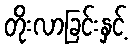
တိုးလာခြင်းနှင့်